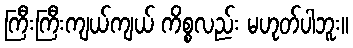
ကြီးကြီးကျယ်ကျယ် ကိစ္စလည်း မဟုတ်ပါဘူး။